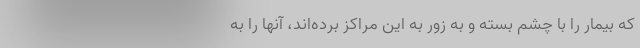
که بیمار را با چشم بسته و به زور به این مراکز برده‌اند، آنها را به